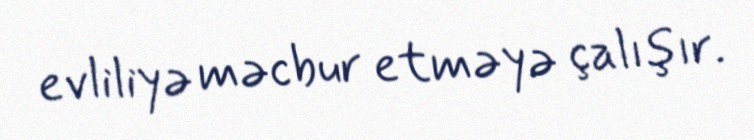
evliliyə məcbur etməyə çalışır.